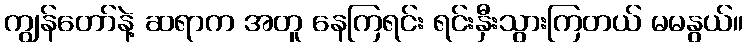
ကျွန်တော်နဲ့ ဆရာက အတူ နေကြရင်း ရင်းနှီးသွားကြတယ် မမနွယ်။